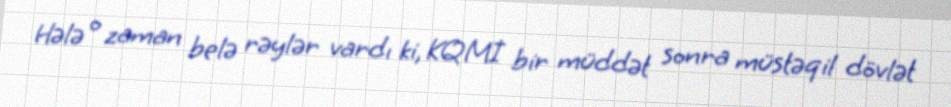
Hələ o zaman belə rəylər vardı ki, KQMİ bir müddət sonra müstəqil dövlət